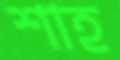
শাহ